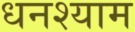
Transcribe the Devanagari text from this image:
धनश्याम